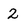
Character: 2